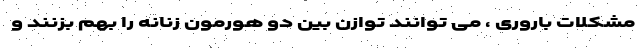
مشکلات باروری ، می توانند توازن بین دو هورمون زنانه را بهم بزنند و